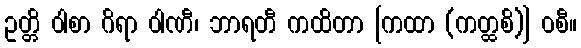
ဥတ္တိ ဝါစာ ဂိရာ ဝါဏီ၊ ဘာရတီ ကထိတာ [ကထာ (ကတ္ထစိ)] ဝစီ။